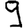
Digit: 9